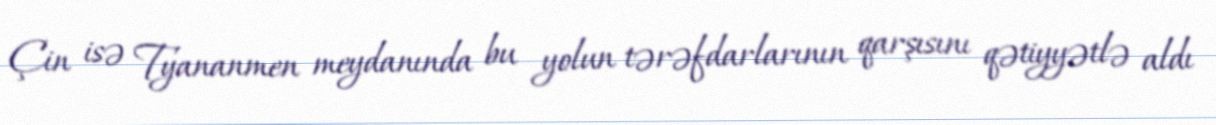
Çin isə Tyananmen meydanında bu yolun tərəfdarlarının qarşısını qətiyyətlə aldı